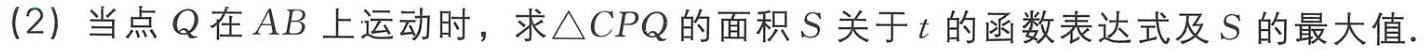
(2) 当点 \(Q\) 在 \(AB\) 上运动时，求\(\triangle CPQ\) 的面积 \(S\) 关于 \(t\) 的函数表达式及 \(S\) 的最大值.